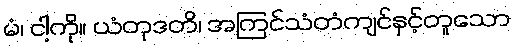
မံ၊ ငါ့ကို။ ယံတုဒတိ၊ အကြင်သံတံကျင်နှင့်တူသော